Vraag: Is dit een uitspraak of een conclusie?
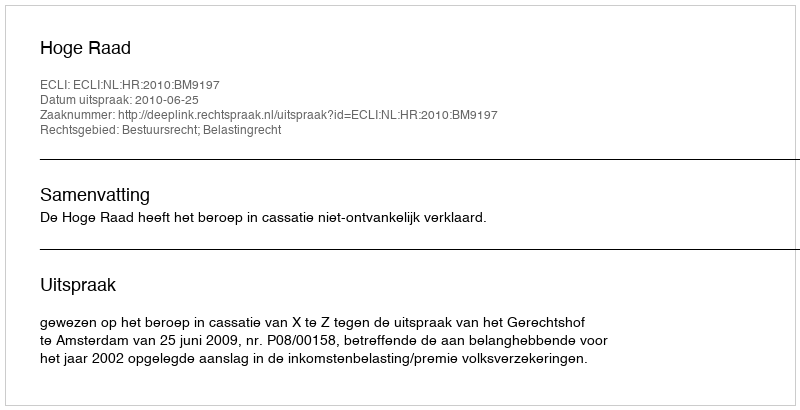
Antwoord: Uitspraak